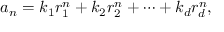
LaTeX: a _ { n } = k _ { 1 } r _ { 1 } ^ { n } + k _ { 2 } r _ { 2 } ^ { n } + \cdots + k _ { d } r _ { d } ^ { n } ,